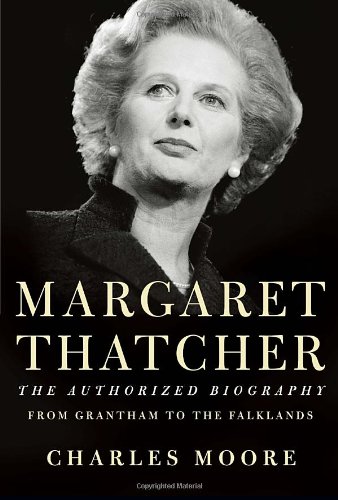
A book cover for Margaret Thatcher: From Grantham to the Falklands; Charles Moore; Biographies & Memoirs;